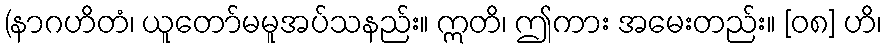
(နာဂဟိတံ၊ ယူတော်မမူအပ်သနည်း။ ဣတိ၊ ဤကား အမေးတည်း။ [၀၈] ဟိ၊